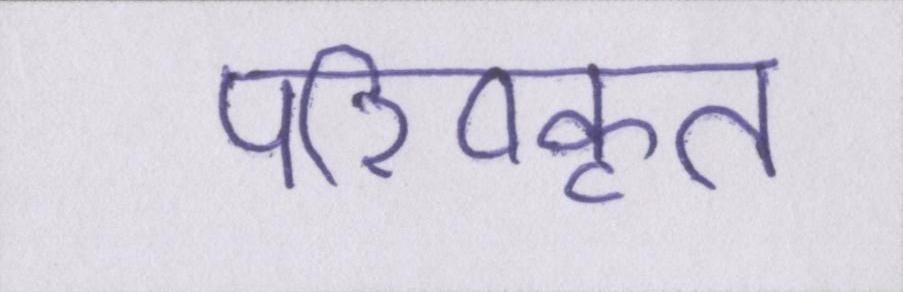
परिष्कृत